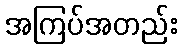
အကြပ်အတည်း